Subject: physics
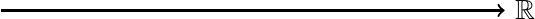
LaTeX code:
\centerline{\begin{tikzpicture}[scale=0.8]
\path  (1,0)--(-1,0) ;
\draw[-][thick](-4,0)--(-3,0);
\draw[-][thick](-4,0)--(-3,0);
\draw[-][thick](-3,0)--(-2,0);
\draw[-][thick](-2,0)--(-1,0);
\draw[-][thick](-1,0)--(0,0);
\draw[-][thick](-1,0)--(0,0);
\draw[-][thick](0,0)--(1,0);
\draw[-][thick](1,0)--(2,0);
\draw[-][thick](2,0)--(3,0);
\draw[-][thick](2,0)--(3,0);
\draw[->][thick](3,0)--(4,0)[thick]node[right]{$\mathbb{R}$};
\end{tikzpicture}}